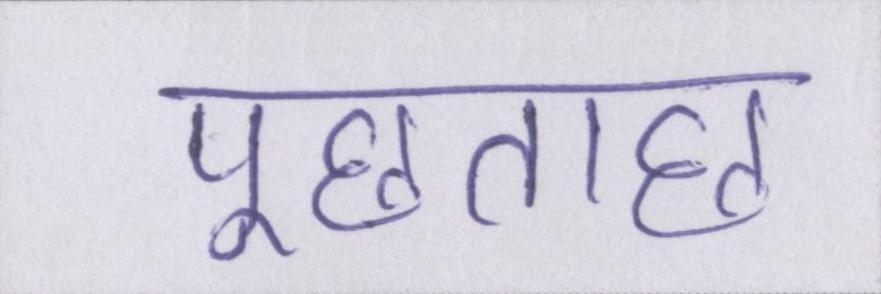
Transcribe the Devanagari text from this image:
पूछताछ